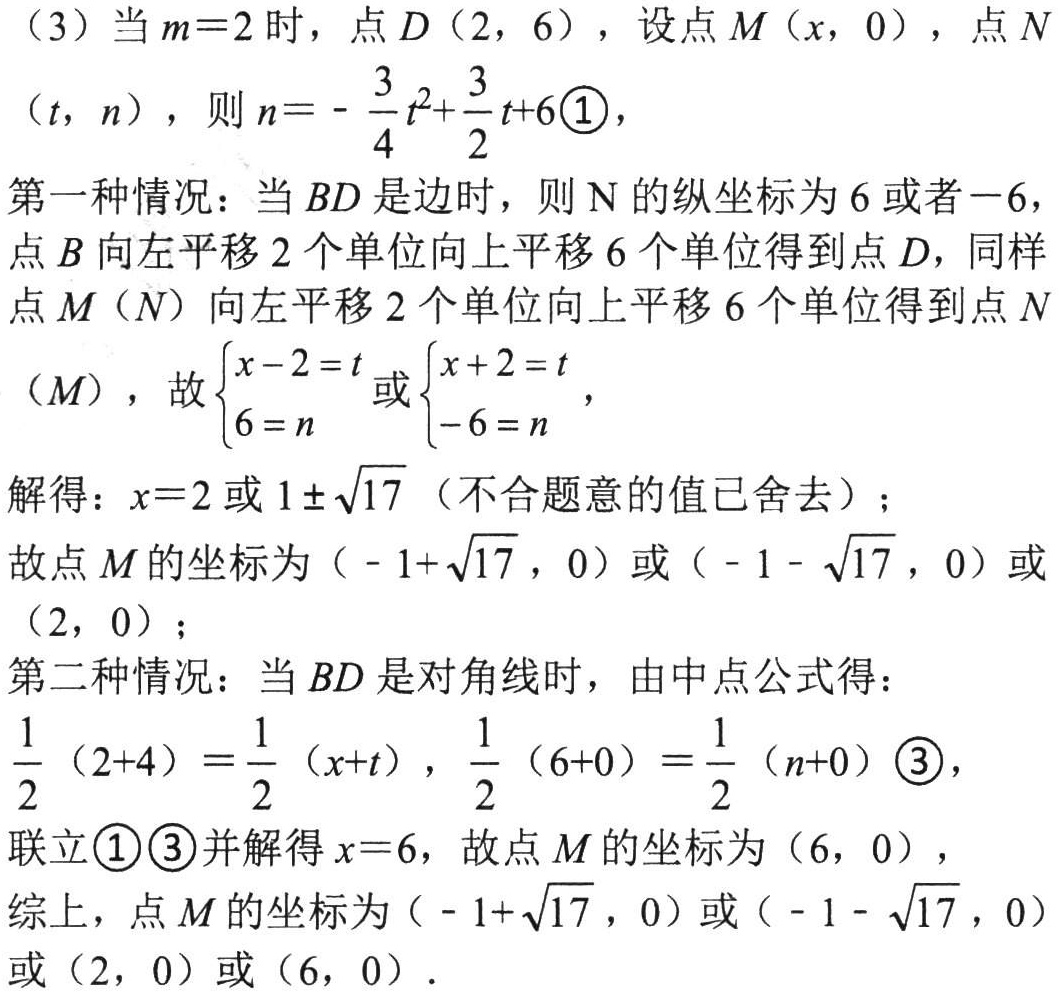
(3) 当 \(m = 2\) 时，点 \(D(2,6)\)，设点 \(M(x,0)\)，点 \(N(t,n)\)，则 \(n=-\frac{3}{4}t^{2}+\frac{3}{2}t + 6\)\textcircled{1}，
第一种情况：当 \(BD\) 是边时，则 \(N\) 的纵坐标为 \(6\) 或者\(-6\)，
点 \(B\) 向左平移 \(2\) 个单位向上平移 \(6\) 个单位得到点 \(D\)，同样
点 \(M(N)\) 向左平移 \(2\) 个单位向上平移 \(6\) 个单位得到点 \(N(M)\)，故\(\begin{cases}x - 2 = t\\6 = n\end{cases}\)或\(\begin{cases}x + 2 = t\\-6 = n\end{cases}\)，
解得：\(x = 2\) 或 \(1\pm\sqrt{17}\)（不合题意的值已舍去）；
故点 \(M\) 的坐标为\((-1+\sqrt{17},0)\)或\((-1 - \sqrt{17},0)\)或\((2,0)\)；
第二种情况：当 \(BD\) 是对角线时，由中点公式得：
\(\frac{1}{2}(2 + 4)=\frac{1}{2}(x + t)\)，\(\frac{1}{2}(6 + 0)=\frac{1}{2}(n + 0)\)\textcircled{3}，
联立\textcircled{1}\textcircled{3}并解得 \(x = 6\)，故点 \(M\) 的坐标为\((6,0)\)，
综上，点 \(M\) 的坐标为\((-1+\sqrt{17},0)\)或\((-1 - \sqrt{17},0)\)或\((2,0)\)或\((6,0)\)．